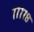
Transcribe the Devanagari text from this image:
७७७७८